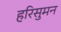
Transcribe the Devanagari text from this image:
हरिसुमन